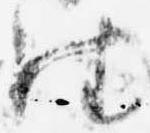
往